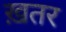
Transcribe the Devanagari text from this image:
ख़तर